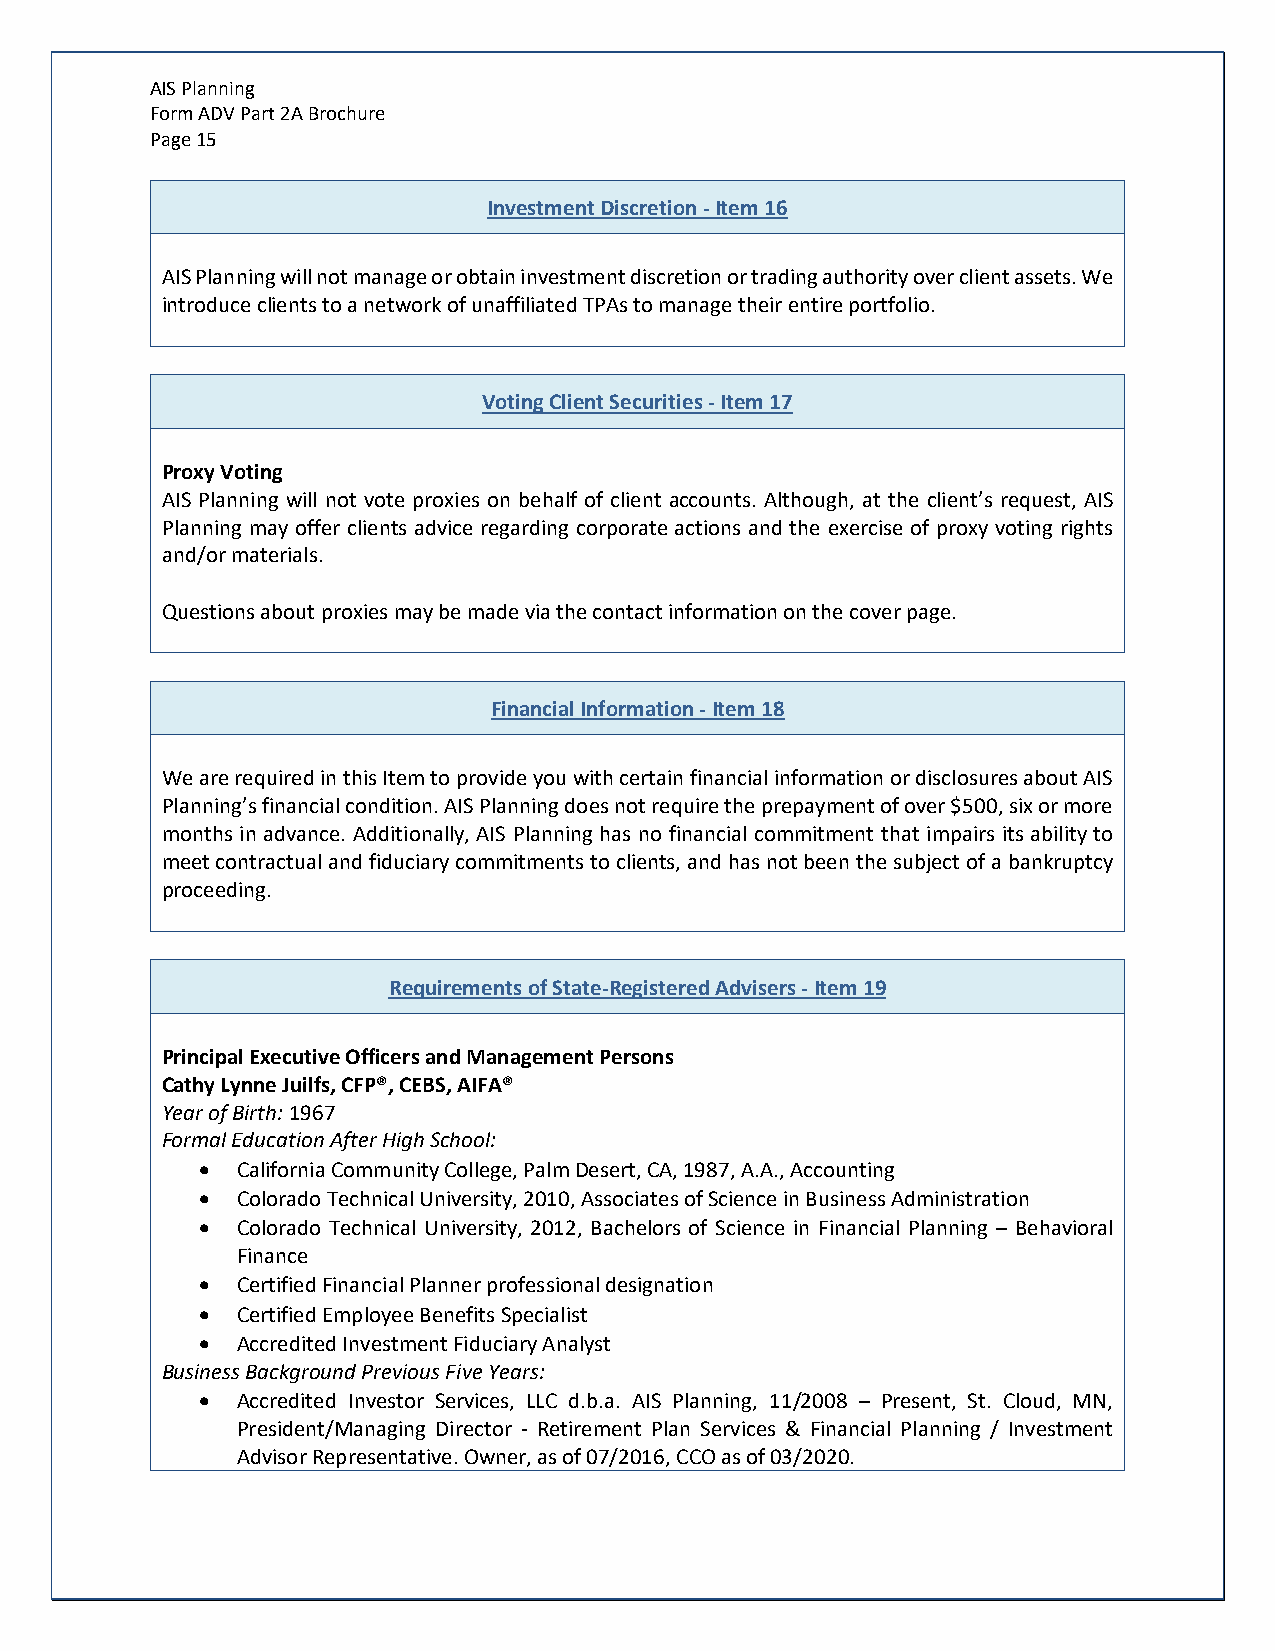
AIS Planning
 Form ADV Part 2A Brochure
 Page 15
 Investment Discretion - Item 16
 AIS Planning will not manage or obtain investment discretion or trading authority over client assets. We
 introduce clients to a network of unaffiliated TPAs to manage their entire portfolio.
 Voting Client Securities - Item 17
 Proxy Voting
 AIS Planning will not vote proxies on behalf of client accounts. Although, at the client’s request, AIS
 Planning may offer clients advice regarding corporate actions and the exercise of proxy voting rights
 and/or materials.
 Questions about proxies may be made via the contact information on the cover page.
 Financial Information - Item 18
 We are required in this Item to provide you with certain financial information or disclosures about AIS
 Planning’s financial condition. AIS Planning does not require the prepayment of over $500, six or more
 months in advance. Additionally, AIS Planning has no financial commitment that impairs its ability to
 meet contractual and fiduciary commitments to clients, and has not been the subject of a bankruptcy
 proceeding.
 Requirements of State-Registered Advisers - Item 19
 Principal Executive Officers and Management Persons
 Cathy Lynne Juilfs, CFP®, CEBS, AIFA®
 Year of Birth: 1967
 Formal Education After High School:
 •  California Community College, Palm Desert, CA, 1987, A.A., Accounting
 •  Colorado Technical University, 2010, Associates of Science in Business Administration
 •  Colorado Technical University, 2012, Bachelors of Science in Financial Planning – Behavioral
 Finance
 •  Certified Financial Planner professional designation
 •  Certified Employee Benefits Specialist
 •  Accredited Investment Fiduciary Analyst
 Business Background Previous Five Years:
 •  Accredited Investor Services, LLC d.b.a. AIS Planning, 11/2008 – Present, St. Cloud, MN,
 President/Managing Director - Retirement Plan Services & Financial Planning / Investment
 Advisor Representative. Owner, as of 07/2016, CCO as of 03/2020.